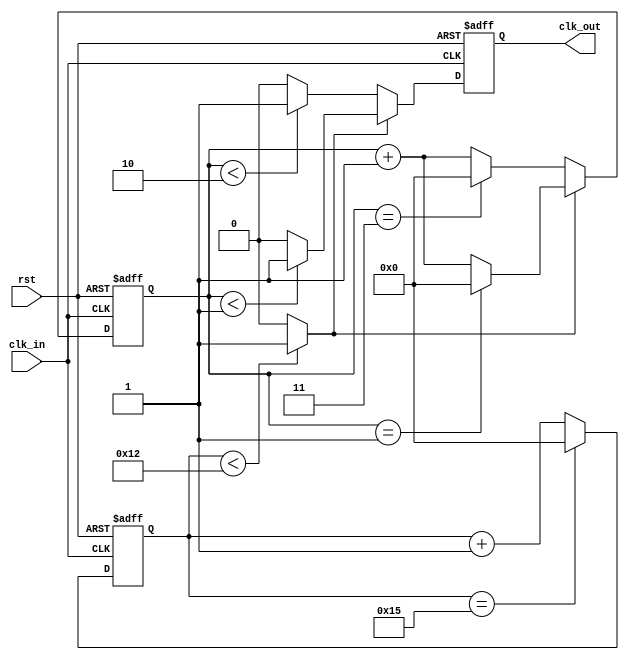
`timescale 1ns/1ps
module div_M_N(
 input  wire clk_in,
 input  wire rst,
 output wire clk_out
);
// parameter M_N = 8'd22; 
// parameter c89 = 8'd16; // 2/3
// parameter div_e = 4'd2; //
// parameter div_o = 4'd3; //
// //*************code***********//

// reg[7:0]clk_count;
// reg[7:0]cnt;

// always @(posedge clk_in, negedge rst) begin
//     if(rst == 0)begin
//         clk_count <= 0;
//     end
//     else begin
//         clk_count <= clk_count==M_N-1 ? 0 : clk_count+1; 
//     end
// end

// wire div_class = clk_count < c89 ? 1 : 0;

// always @(posedge clk_in, negedge rst) begin
//     if(rst == 0)begin
//         cnt <= 0;
//     end
//     else if(div_class)begin
//         cnt <= cnt==(div_e-1) ? 0 : cnt+1;
//     end
//     else begin
//         cnt <= cnt==(div_o-1) ? 0 : cnt+1; 
//     end
// end

// reg clk_out_r;
// always @(posedge clk_in, negedge rst) begin
//     if(rst == 0)begin
//         clk_out_r <= 0;
//     end
//     else if(div_class)begin
//         clk_out_r <= (cnt < div_e>>1) ? 1 : 0;
//     end
//     else begin
//         clk_out_r <= (cnt < div_o>>1) ? 1 : 0;
//     end
// end

// assign clk_out = clk_out_r;
parameter M_N = 8'd22; 
parameter c89 = 8'd18; // 2/4
parameter div_e = 4'd2; //
parameter div_o = 4'd4; //
//*************code***********//

reg[7:0]clk_count;
reg[7:0]cnt;

always @(posedge clk_in, negedge rst) begin
    if(rst == 0)begin
        clk_count <= 0;
    end
    else begin
        clk_count <= clk_count==M_N-1 ? 0 : clk_count+1; 
    end
end

wire div_class = clk_count < c89 ? 1 : 0;

always @(posedge clk_in, negedge rst) begin
    if(rst == 0)begin
        cnt <= 0;
    end
    else if(div_class)begin
        cnt <= cnt==(div_e-1) ? 0 : cnt+1;
    end
    else begin
        cnt <= cnt==(div_o-1) ? 0 : cnt+1; 
    end
end

reg clk_out_r;
always @(posedge clk_in, negedge rst) begin
    if(rst == 0)begin
        clk_out_r <= 0;
    end
    else if(div_class)begin
        clk_out_r <= (cnt < div_e>>1) ? 1 : 0;
    end
    else begin
        clk_out_r <= (cnt < div_o>>1) ? 1 : 0;
    end
end

assign clk_out = clk_out_r;

endmodule